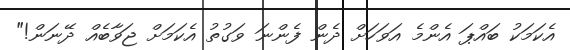
އެކަމަކު ބައްޕަ އެންމެ އަވަހަށް ދެން ފެންނަ ވަގުތު އެކަމަށް ޖަވާބެއް ދޭނަން!"